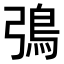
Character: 𬶿